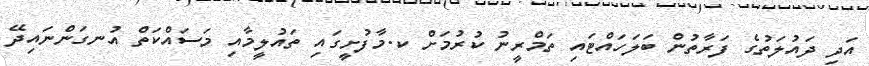
އަދި ދައުލަތުގެ ފަރާތުން ބަލަހައްޓައި ތަމްރީނު ކުރުމަށް ކ.މާފުށީގައި ތައުލީމާއި މަސައްކަތް އުނގަންނައިދޭ